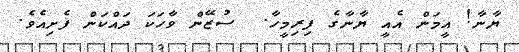
ޔާނާ! އީމަން އެއީ ޔާނާގެ ފިރިމީހާ.  ސުޒޭން ވާހަކަ ދައްކަން ފެށިއެވެ.